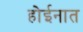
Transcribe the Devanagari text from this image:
होईनात